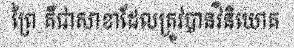
ព្រៃ គឺជាសាខាដែលត្រូវបានវិនិយោគ